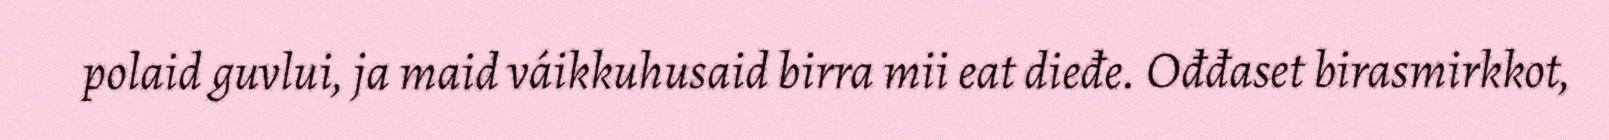
polaid guvlui, ja maid váikkuhusaid birra mii eat dieđe. Ođđaset birasmirkkot,